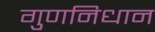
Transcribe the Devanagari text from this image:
गुणनिधान